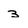
Character: 3